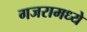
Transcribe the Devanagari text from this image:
गजरामध्ये